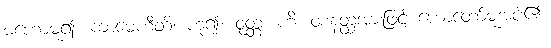
မဟောမူ၍။ ကာမေဟီတိ၊ ဟူ၍။ ဝုတ္တံ၊ ဟိ၊ ဝစနတ္ထအားဖြင့် ဟောတော်မူအပ်၏။